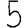
Digit: 5